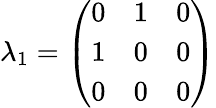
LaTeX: \lambda_{1}={\left(\begin{array}{lll}{0}&{1}&{0}\\ {1}&{0}&{0}\\ {0}&{0}&{0}\end{array}\right)}